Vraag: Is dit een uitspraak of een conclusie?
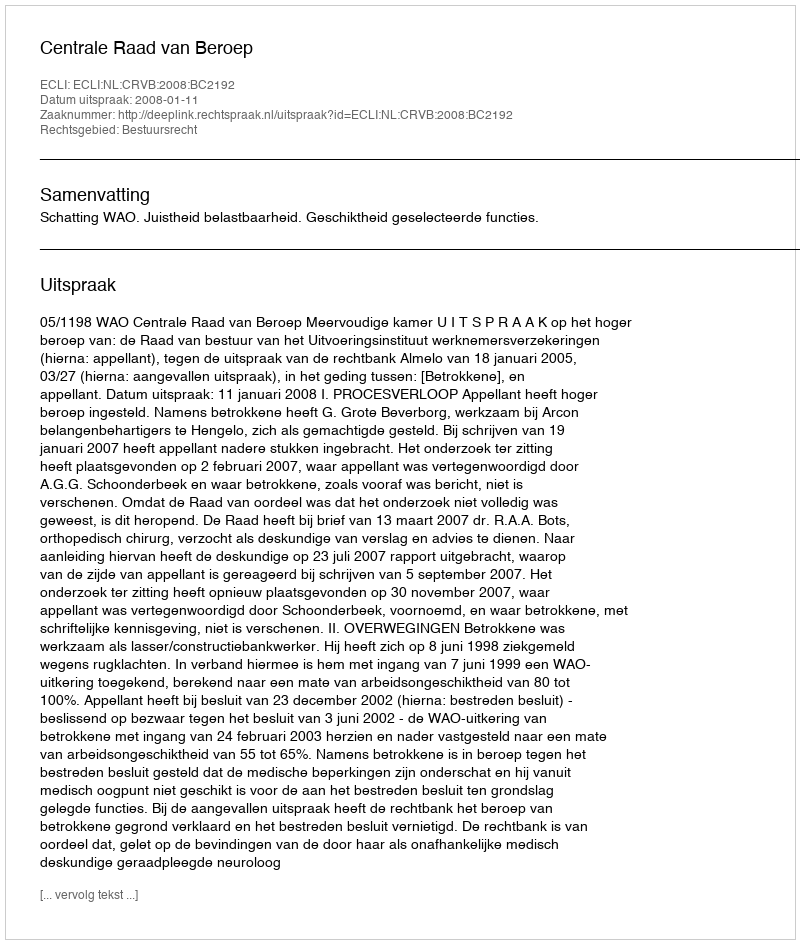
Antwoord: Uitspraak